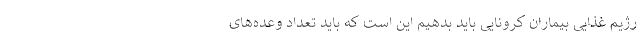
رژیم غذایی بیماران کرونایی باید بدهیم این است که باید تعداد وعده‌های